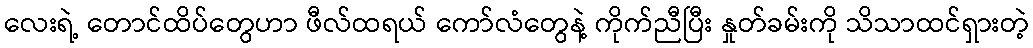
လေးရဲ့ တောင်ထိပ်တွေဟာ ဖီလ်ထရယ် ကော်လံတွေနဲ့ ကိုက်ညီပြီး နှုတ်ခမ်းကို သိသာထင်ရှားတဲ့